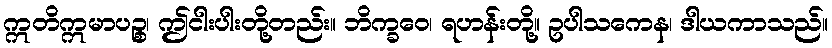
ဣတိဣမာပဉ္စ၊ ဤငါးပါးတို့တည်း။ ဘိက္ခဝေ၊ ရဟန်းတို့။ ဥပါသကေန၊ ဒါယကာသည်။